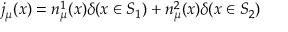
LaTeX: j _ { \mu } ( x ) = n _ { \mu } ^ { 1 } ( x ) \delta ( x \in S _ { 1 } ) + n _ { \mu } ^ { 2 } ( x ) \delta ( x \in S _ { 2 } )